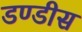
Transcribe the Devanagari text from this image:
डण्डीस